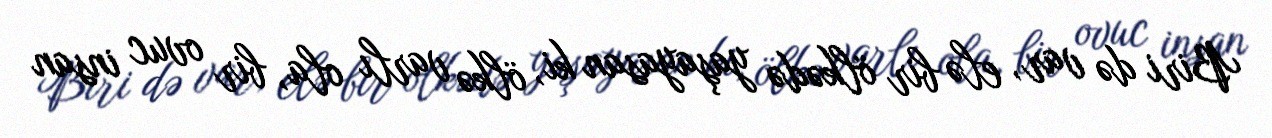
Biri də var, elə bir ölkədə yaşayasan ki, ölkə varlı ola, bir ovuc insan